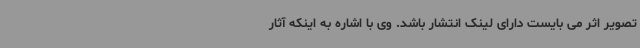
تصویر اثر می بایست دارای لینک انتشار باشد. وی با اشاره به اینکه آثار